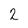
Character: 2